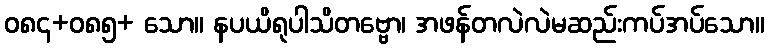
ဝ၈၄+၀၈၅+ သော။ နပယိရုပါသိတဗ္ဗော၊ အဖန်တလဲလဲမဆည်းကပ်အပ်သော။